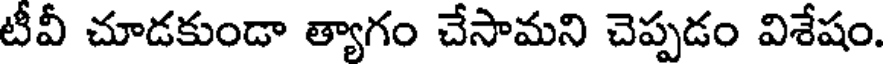
టీవీ చూడకుండా త్యాగం చేసామని చెప్పడం విశేషం.